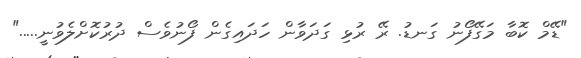
"ޑޭމް ކޮބާ މަގޭފޯނު ގަނޑު. ރޭ ރުޅި ގަދަވާން ހަދައިގެން ފޯނުވެސް ދުރުކޮށްލެވުނީ....."